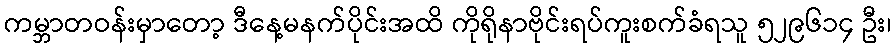
ကမ္ဘာတဝန်းမှာတော့ ဒီနေ့မနက်ပိုင်းအထိ ကိုရိုနာဗိုင်းရပ်ကူးစက်ခံရသူ ၅၂၉၆၁၄ ဦး၊